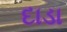
દાડા